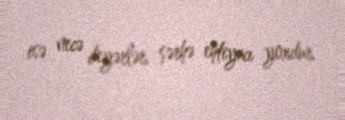
isə necə deyərlər, şərhə ehtiyacı yoxdur.